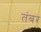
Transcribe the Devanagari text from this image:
तंबर